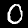
Digit: 0